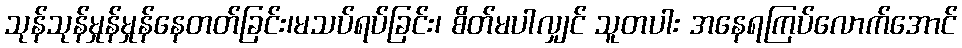
သုန်သုန်မှုန်မှုန်နေတတ်ခြင်း၊မသပ်ရပ်ခြင်း၊ စိတ်မပါလျှင် သူတပါး အနေရကြပ်လောက်အောင်